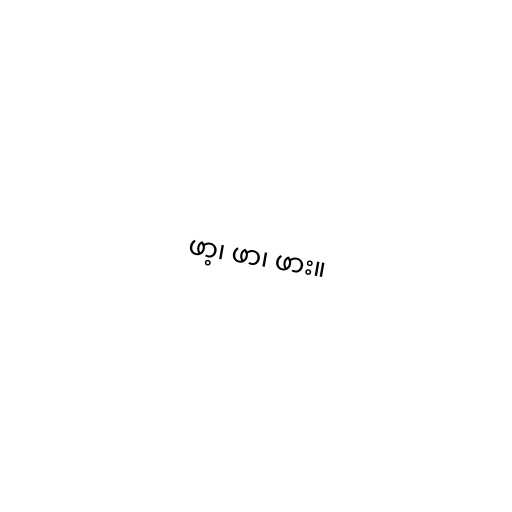
ဖာ့၊ ဖာ၊ ဖား။